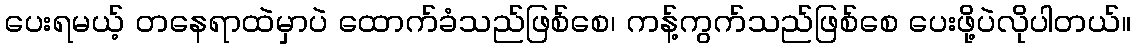
ပေးရမယ့် တနေရာထဲမှာပဲ ထောက်ခံသည်ဖြစ်စေ၊ ကန့်ကွက်သည်ဖြစ်စေ ပေးဖို့ပဲလိုပါတယ်။